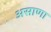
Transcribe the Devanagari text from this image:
असाणा